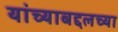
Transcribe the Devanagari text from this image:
यांच्याबद्दलच्या